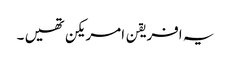
یہ افریقن امریکن تھیں ۔